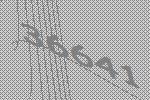
36641